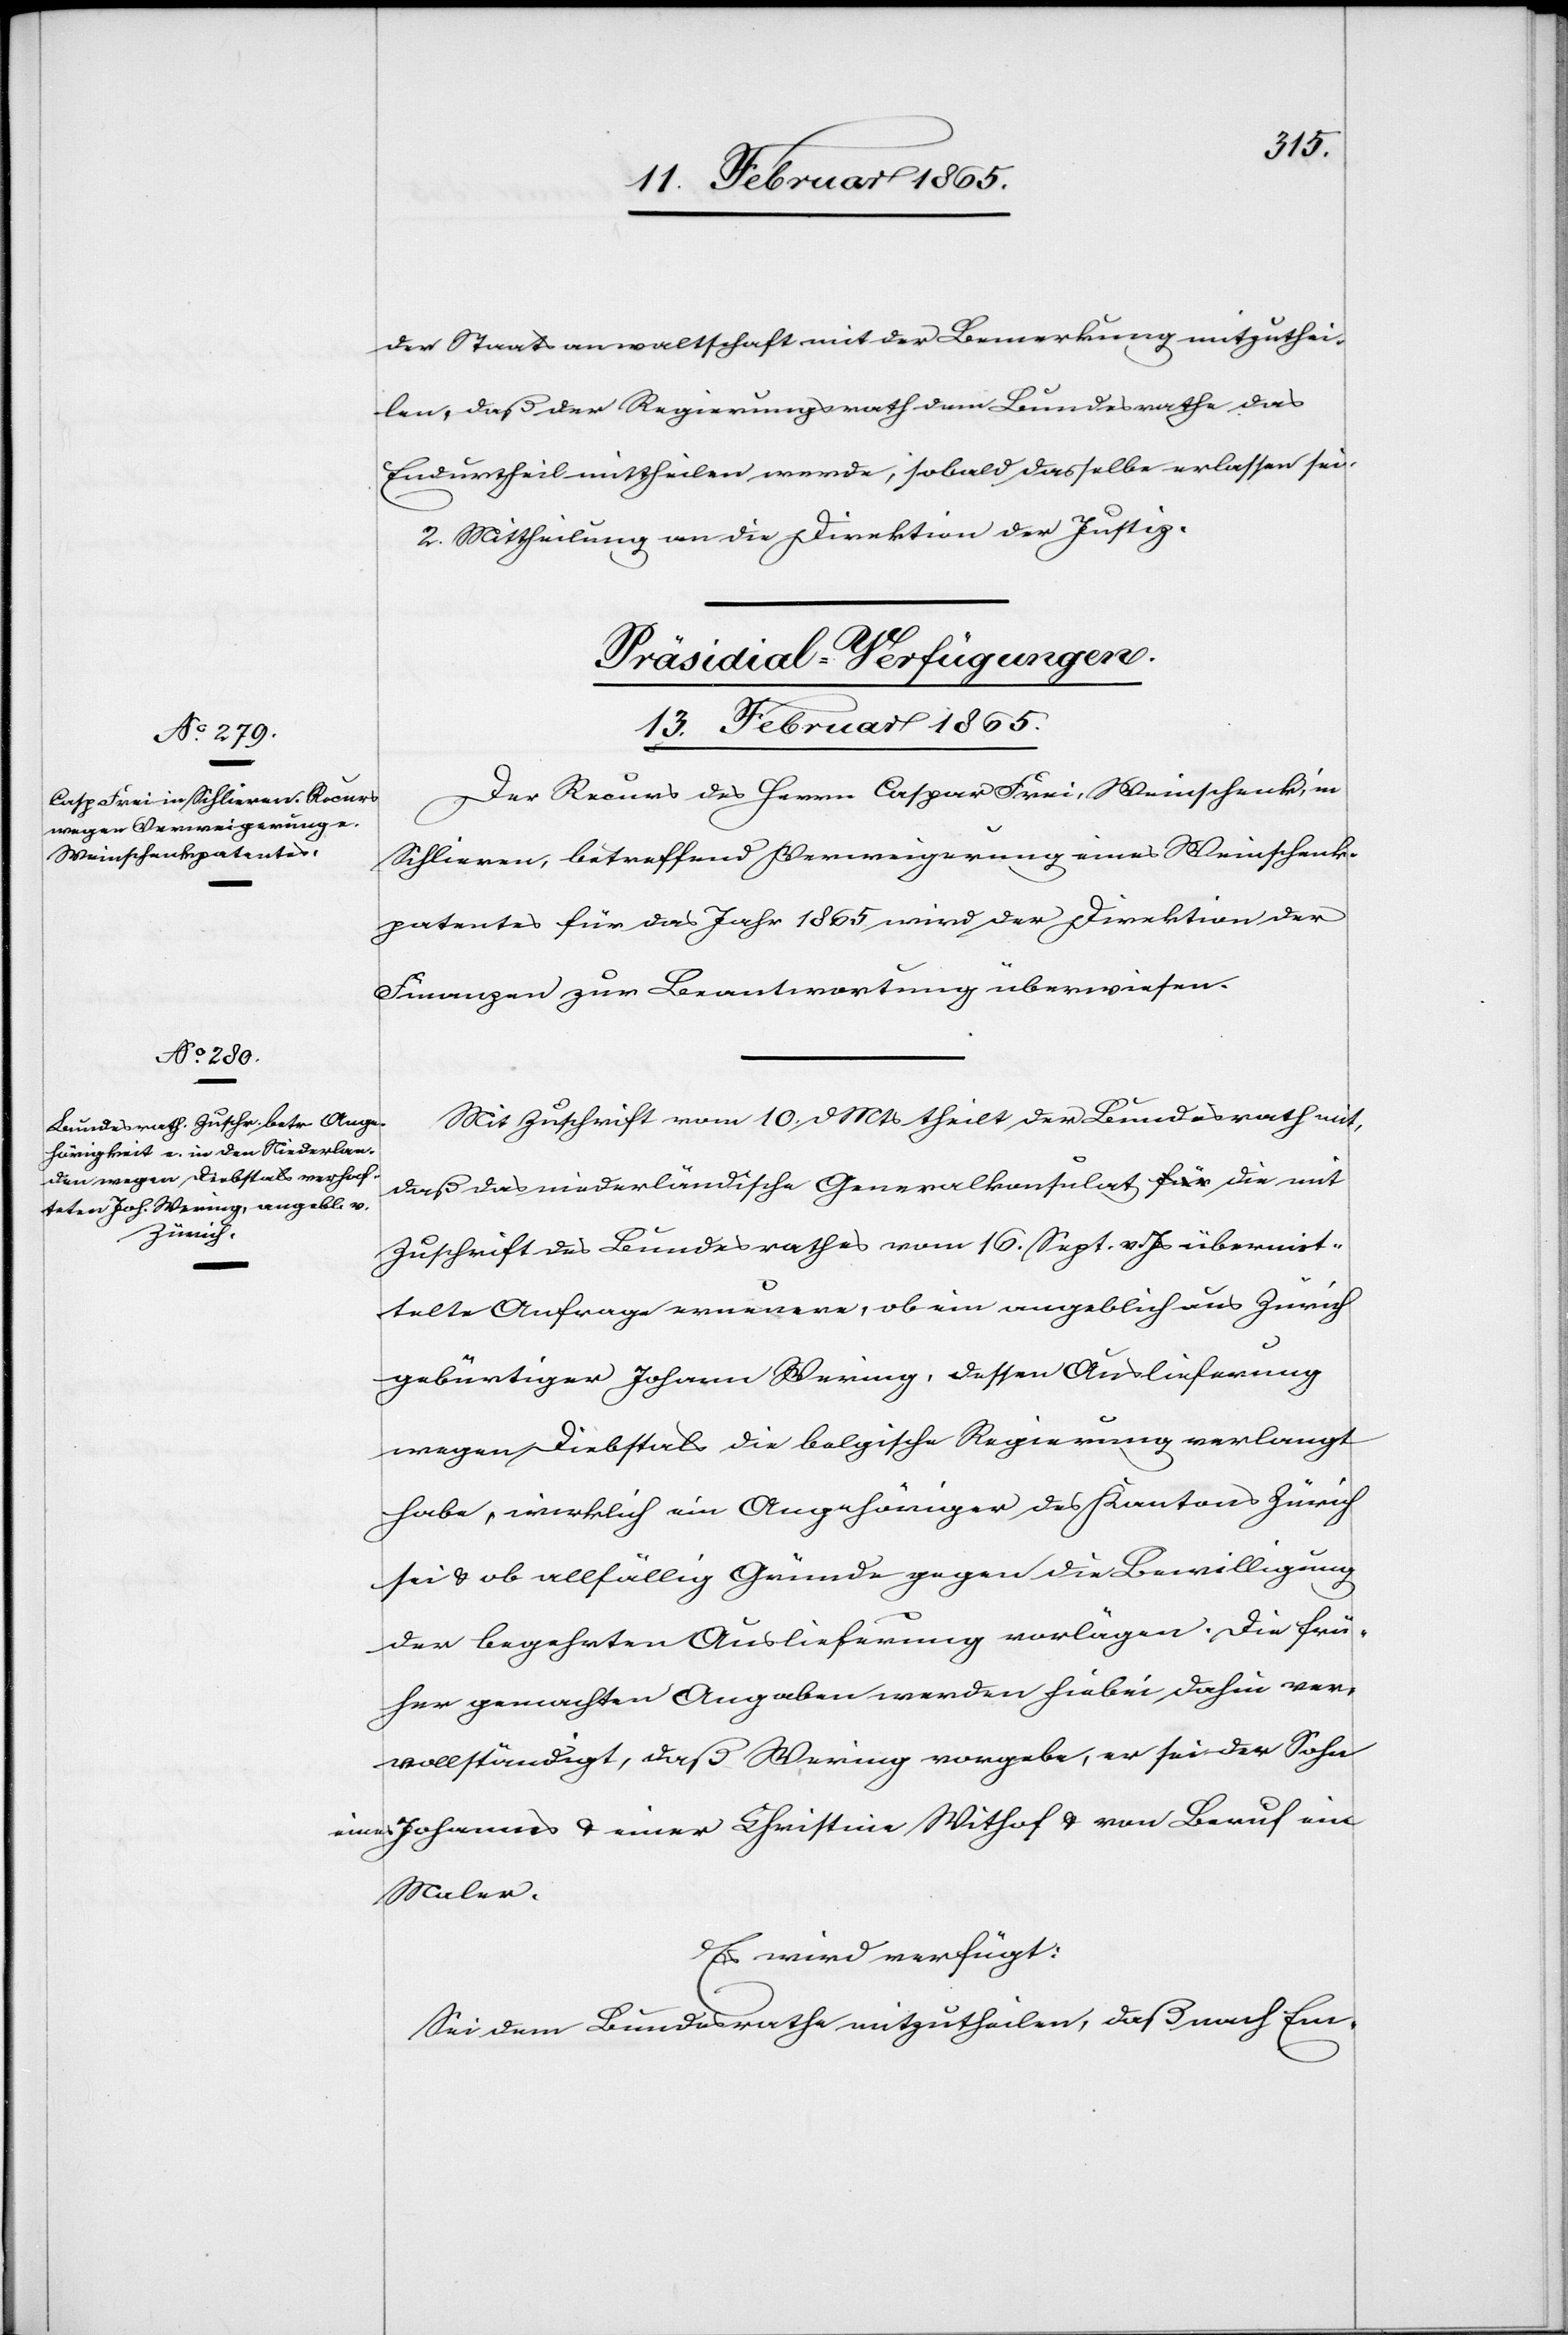
der Staatsanwaltschaft mit der Bemerkung mitzuthei¬
len, daß der Regierungsrath dem Bundesrathe das
Endurtheil mittheilen werde, sobald dasselbe erlassen sei.
2. Mittheilung an die Direktion der Justiz.
[Präsidial-Verfügungen.
13. Februar 1865.]
Der Recurs des Herrn Caspar Frei, Weinschenk, in
Schlieren, betreffend Verweigerung eines Weinschenk¬
patentes für das Jahr 1865 wird der Direktion der
Finanzen zur Beantwortung überwiesen.
Mit Zuschrift vom 10. d. Mts theilt der Bundesrath mit,
daß das niederländische Generalkonsulat die mit
Zuschrift des Bundesrathes vom 16. Sept. v. Js übermit¬
telte Anfrage erneuere, ob ein angeblich aus Zürich
gebürtiger Johann Wering, dessen Auslieferung
wegen Diebstals die belgische Regierung verlangt
habe, wirklich ein Angehöriger des Kantons Zürich
sei u. ob allfällig Gründe gegen die Bewilligung
der begehrten Auslieferung vorlägen. Die frü¬
her gemachten Angaben werden hiebei dahin ver¬
vollständigt, daß Wering vorgebe, er sei der Sohn
eines Johannes u. einer Christine Withof u. von Beruf ein
Maler.
Es wird verfügt:
Sei dem Bundesrathe mitzutheilen, daß nach Em-